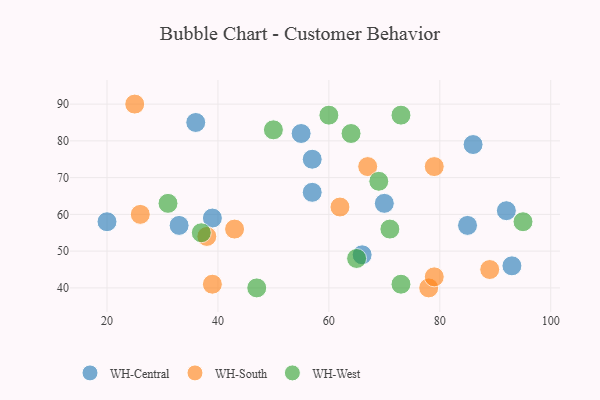
{"axis": {"x": "GDP", "y": "Life Expectancy"}, "legend": ["WH-Central", "WH-South", "WH-West"], "data": [{"x": "36", "y": 85, "type": "WH-Central"}, {"x": "70", "y": 63, "type": "WH-Central"}, {"x": "85", "y": 57, "type": "WH-Central"}, {"x": "55", "y": 82, "type": "WH-Central"}, {"x": "57", "y": 75, "type": "WH-Central"}, {"x": "93", "y": 46, "type": "WH-Central"}, {"x": "66", "y": 49, "type": "WH-Central"}, {"x": "86", "y": 79, "type": "WH-Central"}, {"x": "20", "y": 58, "type": "WH-Central"}, {"x": "57", "y": 66, "type": "WH-Central"}, {"x": "39", "y": 59, "type": "WH-Central"}, {"x": "33", "y": 57, "type": "WH-Central"}, {"x": "92", "y": 61, "type": "WH-Central"}, {"x": "78", "y": 40, "type": "WH-South"}, {"x": "26", "y": 60, "type": "WH-South"}, {"x": "39", "y": 41, "type": "WH-South"}, {"x": "79", "y": 73, "type": "WH-South"}, {"x": "38", "y": 54, "type": "WH-South"}, {"x": "67", "y": 73, "type": "WH-South"}, {"x": "62", "y": 62, "type": "WH-South"}, {"x": "89", "y": 45, "type": "WH-South"}, {"x": "79", "y": 43, "type": "WH-South"}, {"x": "25", "y": 90, "type": "WH-South"}, {"x": "43", "y": 56, "type": "WH-South"}, {"x": "71", "y": 56, "type": "WH-West"}, {"x": "69", "y": 69, "type": "WH-West"}, {"x": "47", "y": 40, "type": "WH-West"}, {"x": "31", "y": 63, "type": "WH-West"}, {"x": "64", "y": 82, "type": "WH-West"}, {"x": "73", "y": 41, "type": "WH-West"}, {"x": "73", "y": 87, "type": "WH-West"}, {"x": "50", "y": 83, "type": "WH-West"}, {"x": "95", "y": 58, "type": "WH-West"}, {"x": "60", "y": 87, "type": "WH-West"}, {"x": "65", "y": 48, "type": "WH-West"}, {"x": "37", "y": 55, "type": "WH-West"}]}